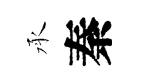
承秦